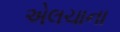
એલચાના